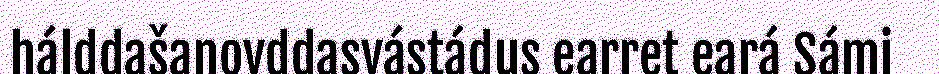
hálddašanovddasvástádus earret eará Sámi